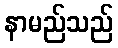
နာမည်သည်